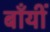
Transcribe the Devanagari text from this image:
बाँयीं